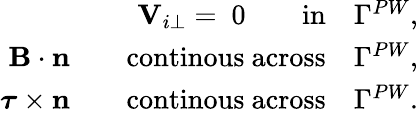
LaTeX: \begin{array}{r}{{\mathbf V}_{i\perp}=~0\qquad\mathrm{in}\quad\Gamma^{PW},}\\ {{\mathbf B}\cdot\mathbf{n}\qquad\mathrm{continous~across}\quad\Gamma^{PW},}\\ {\boldsymbol{\tau}\times\mathbf{n}\qquad\mathrm{continous~across}\quad\Gamma^{PW}.}\end{array}